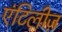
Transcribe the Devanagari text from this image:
एंटिलीज़